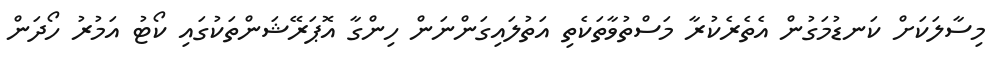
މިސާލަކަށް ކަނޑުމަގުން އެތެރެކުރާ މަސްތުވާތަކެތި އަތުލައިގަންނަން ހިިންގާ އޮޕަރޭޝަންތަކުގައި ކޯޓު އަމުރު ހޯދަން